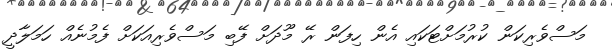
މަސްވެރިކަން ކުރުމަށްޓަކައި އެން ހިފަން ރޭ މޫދަށް ފޭބި މަސްވެރިއަކަށް ފެމުނެއް ހަމަލާދީ